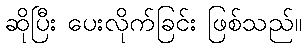
ဆိုပြီး ပေးလိုက်ခြင်း ဖြစ်သည်။